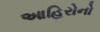
આહિરોનો